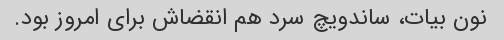
نون بیات، ساندویچ سرد هم انقضاش برای امروز بود.